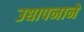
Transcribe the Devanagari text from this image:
उद्यापनाने